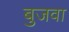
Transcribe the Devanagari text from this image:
बुजवा